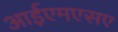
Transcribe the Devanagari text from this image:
आईएमएसए